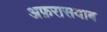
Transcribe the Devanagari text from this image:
अफ़रासयाब